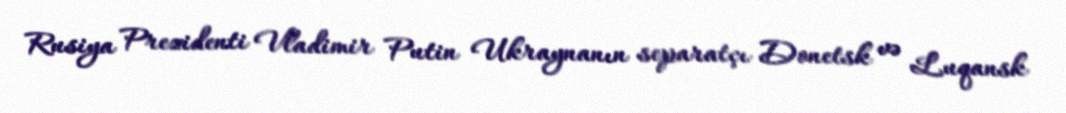
Rusiya Prezidenti Vladimir Putin Ukraynanın separatçı Donetsk və Luqansk